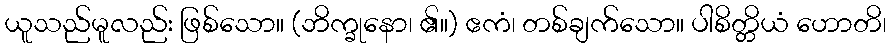
ယူသည်မူလည်း ဖြစ်သော။ (ဘိက္ခုနော၊ ၏။) ဧကံ၊ တစ်ချက်သော။ ပါစိတ္တိယံ ဟောတိ၊